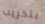
بتخريب